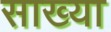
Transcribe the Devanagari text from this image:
साख्या